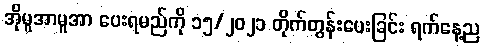
အိုမူအာမူအာ ပေးရမည်ကို ၁၅/၂၀၂၁ တိုက်တွန်းပေးခြင်း ရက်နေ့ည